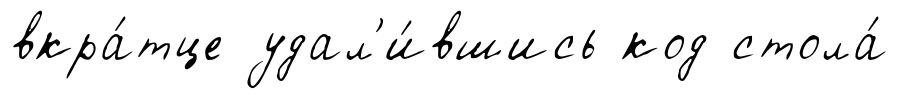
вкра́тце удал'и́вшись код стола́